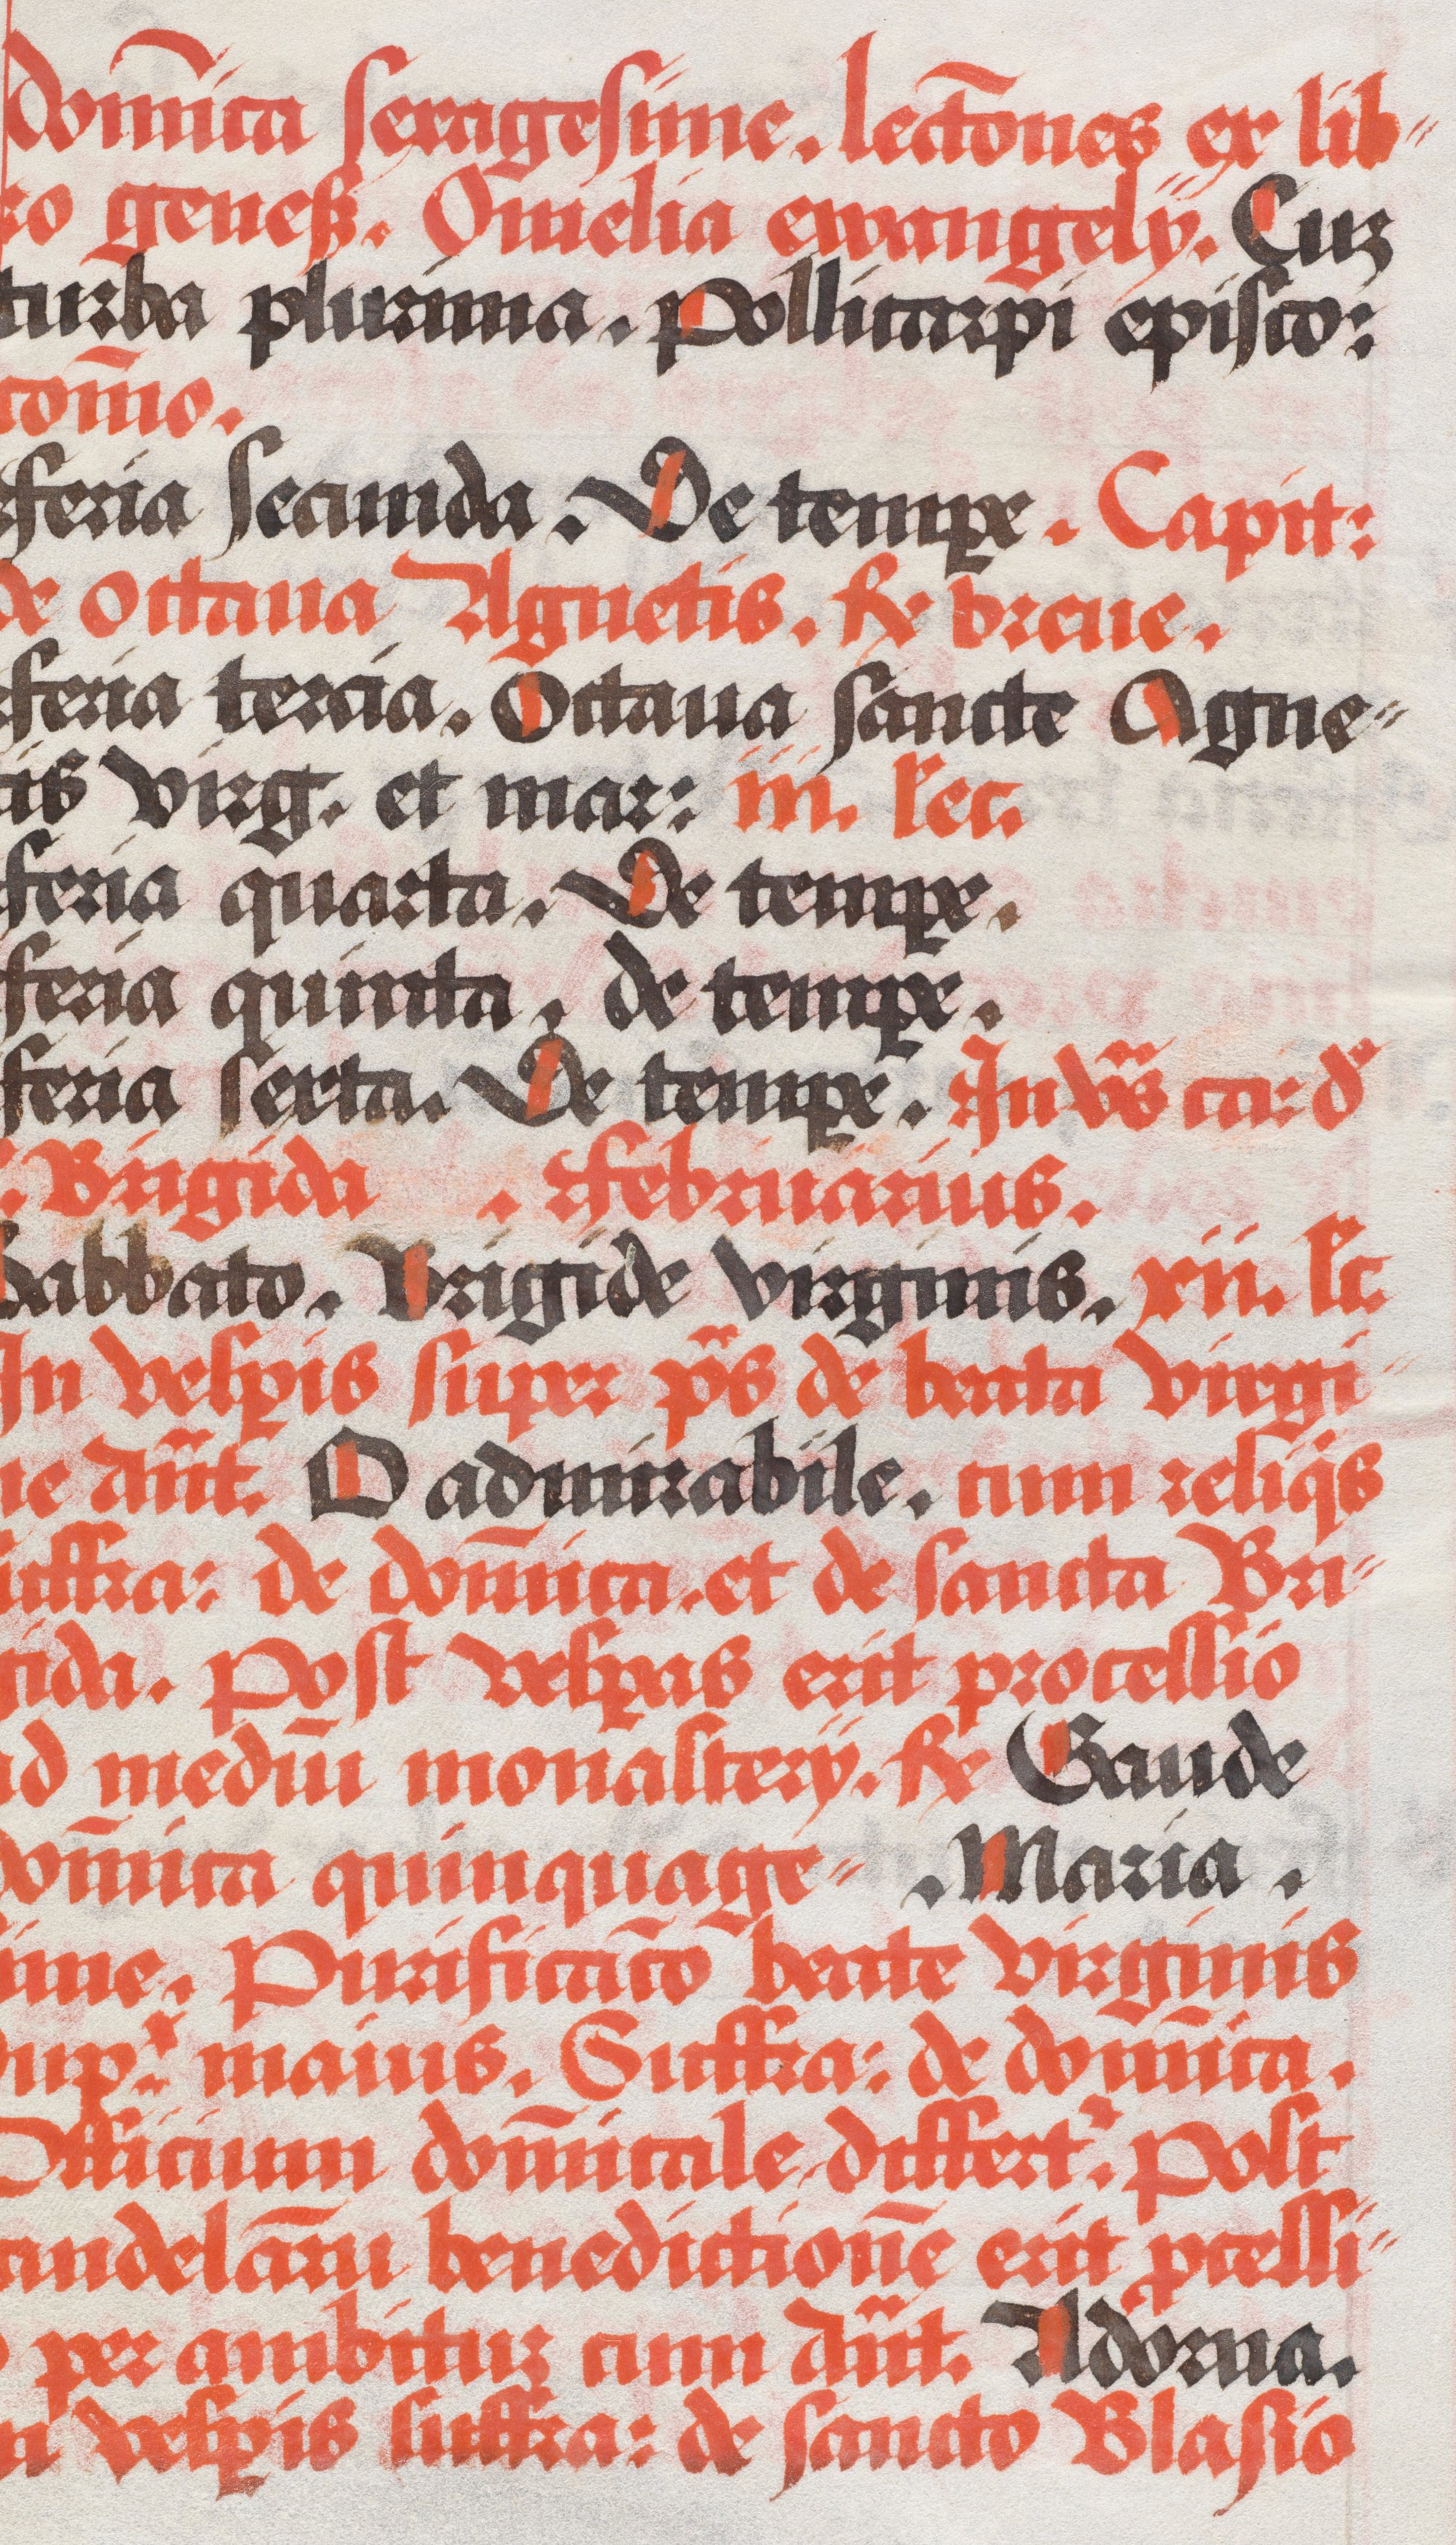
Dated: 1490–1535